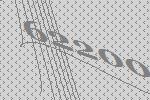
62200